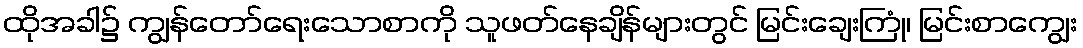
ထိုအခါ၌ ကျွန်တော်ရေးသောစာကို သူဖတ်နေချိန်များတွင် မြင်းချေးကြုံ၊ မြင်းစာကျွေး